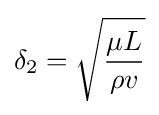
\delta _{2}={\sqrt {\mu L \over \rho v}}